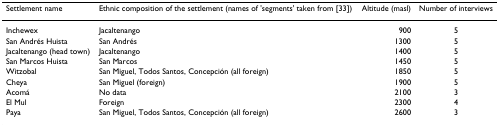
| Settlement name | Ethnic composition of the settlement (names of 'segments' taken from [33]) | Altitude (masl) | Number of interviews |
 | --- | --- | --- | --- |
 | Inchewex | Jacaltenango | 900 | 5 |
 | San Andrés Huista | San Andrés | 1300 | 5 |
 | Jacaltenango (head town) | Jacaltenango | 1400 | 5 |
 | San Marcos Huista | San Marcos | 1450 | 5 |
 | Witzobal | San Miguel, Todos Santos, Concepción (all foreign) | 1850 | 5 |
 | Cheya | San Miguel (foreign) | 1900 | 5 |
 | Acomá | No data | 2100 | 3 |
 | El Mul | Foreign | 2300 | 4 |
 | Paya | San Miguel, Todos Santos, Concepción (all foreign) | 2600 | 3 |